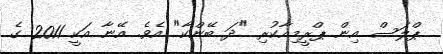
ޕްލަސް އިން ޕްރީމިއާކުރި "ދަ ބޭންކާ" އެވެ. އޭނާ އަކީ 2011 ގެ